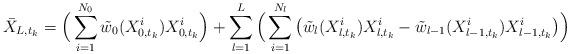
LaTeX: \begin{align*}\bar{X}_{L,t_{k}}=\Big(\sum^{N_{0}}_{i=1}\tilde{w}_{0}(X_{0,t_{k}}^{i})X_{0,t_{k}}^{i}\Big)+\sum^{L}_{l=1}\Big(\sum^{N_{l}}_{i=1}\big(\tilde{w}_{l}(X_{l,t_{k}}^{i})X_{l,t_{k}}^{i}-\tilde{w}_{l-1}(X_{l-1,t_{k}}^{i})X_{l-1,t_{k}}^{i}\big)\Big)\end{align*}